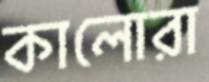
কালোরা